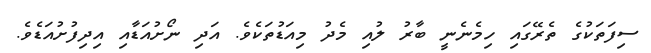
ސިފަތަކުގެ ތެރޭގައި ހިމެނެނީ ބާރު ލުއި މެދު މިއަޑުތަކެވެ. އަދި ނޯށުއަޑާއި އިދިފުށުއަޑެވެ.